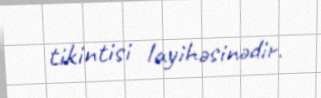
tikintisi layihəsinədir.